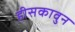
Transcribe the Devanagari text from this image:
हीसकावुन